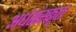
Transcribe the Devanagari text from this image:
अर्धसंस्कृत